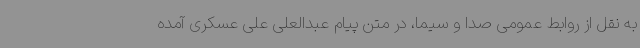
به نقل از روابط عمومی صدا و سیما، در متن پیام عبدالعلی علی عسکری آمده